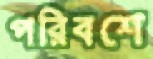
পরিবশে